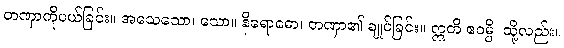
တဏှာကိုပယ်ခြင်း။ အသေသော၊ သော။ နိရောဓော၊ တဏှာ၏ ချုပ်ခြင်း။ ဣတိ ဧဝမ္ပိ၊ သို့လည်း။